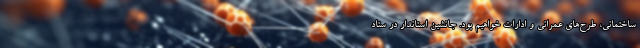
ساختمانی، طرح‌های عمرانی و ادارات خواهیم بود. جانشین استاندار در ستاد